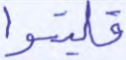
فليتقوا